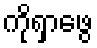
ကိုရှာဖွေ